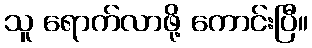
သူ ရောက်လာဖို့ ကောင်းပြီ။